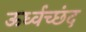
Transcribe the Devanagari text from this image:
ऊर्ध्वच्छंद